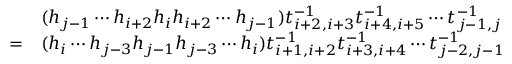
\begin{array} { r l } & { ( h _ { j - 1 } \cdots h _ { i + 2 } h _ { i } h _ { i + 2 } \cdots h _ { j - 1 } ) t _ { i + 2 , i + 3 } ^ { - 1 } t _ { i + 4 , i + 5 } ^ { - 1 } \cdots t _ { j - 1 , j } ^ { - 1 } } \\ { = } & { ( h _ { i } \cdots h _ { j - 3 } h _ { j - 1 } h _ { j - 3 } \cdots h _ { i } ) t _ { i + 1 , i + 2 } ^ { - 1 } t _ { i + 3 , i + 4 } ^ { - 1 } \cdots t _ { j - 2 , j - 1 } ^ { - 1 } } \end{array}